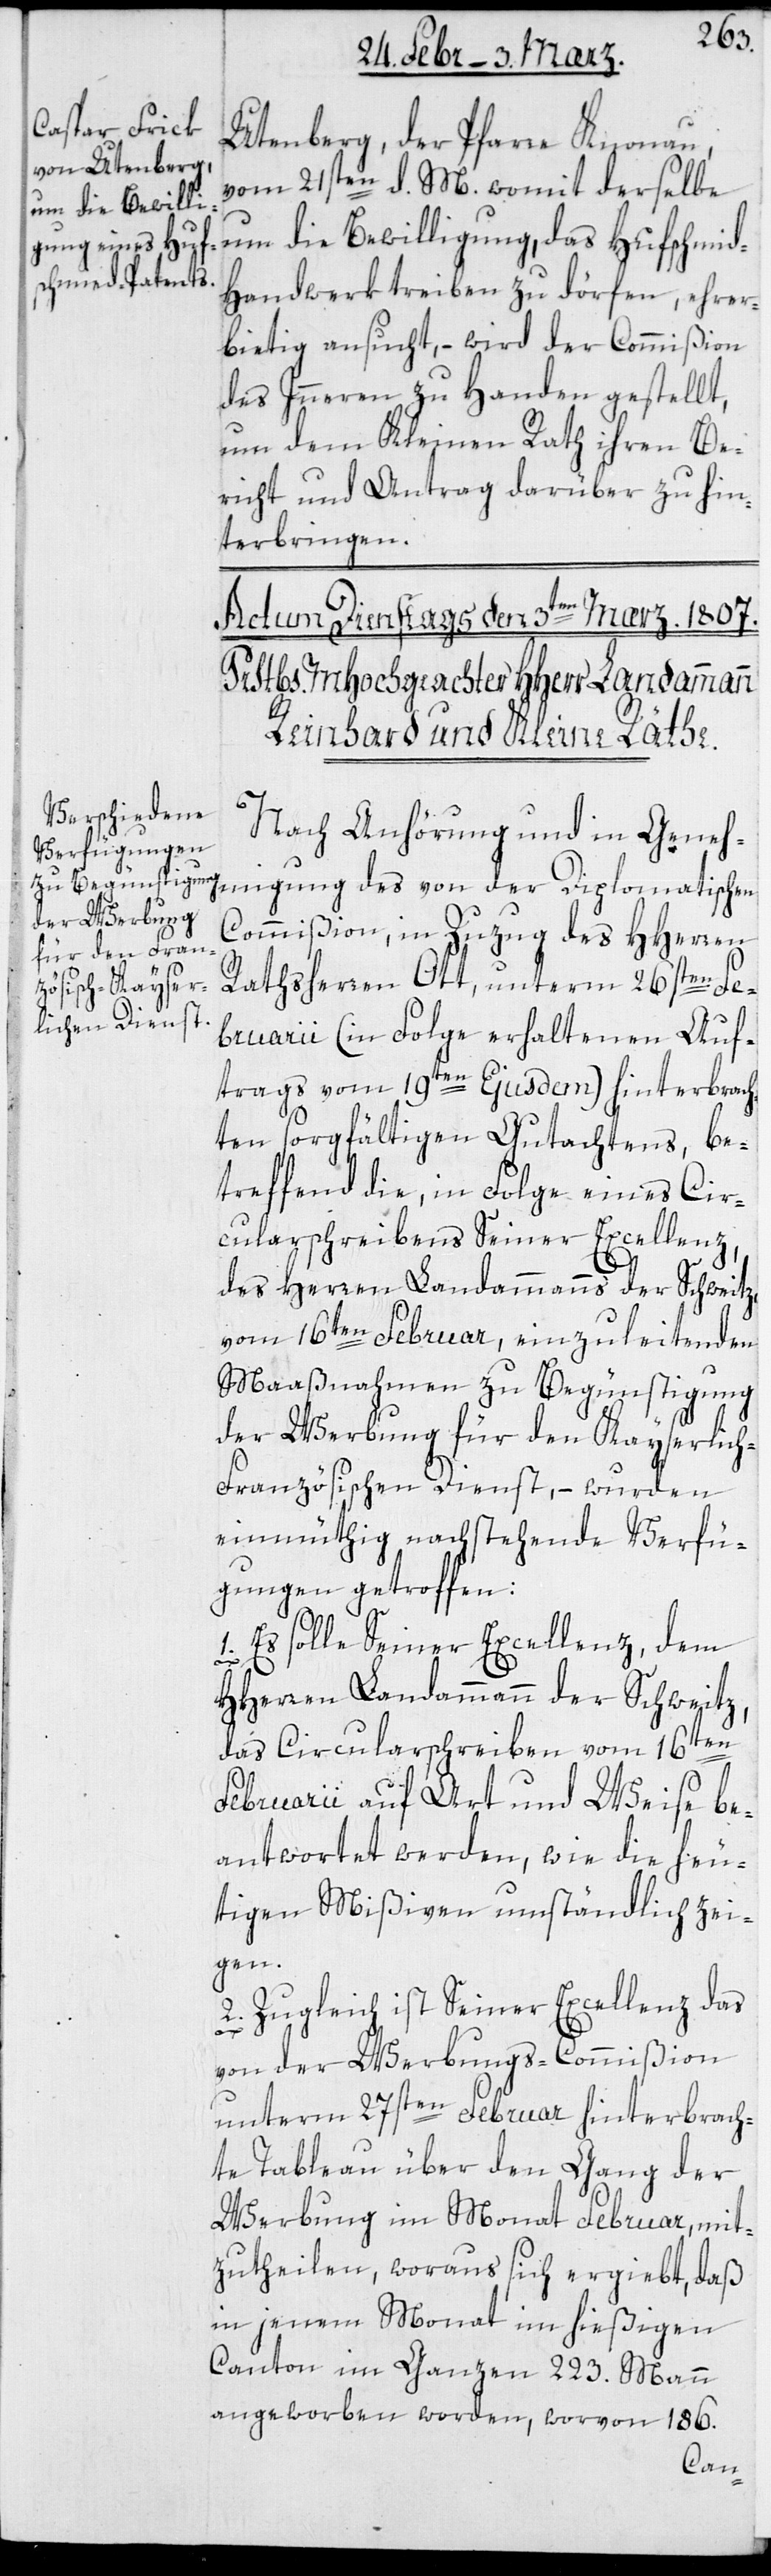
Utenberg, der Pfarre Knonau,
vom 21sten d. M[es]., womit derselbe
um die Bewilligung, das Hufschmi¬
andwerk treiben zu dörfen, ehrer¬
bietig ansucht, – wird der Commißion
des Innern zu Handen gestellt,
um dem Kleinen Rathihren Be¬
richt und Antrag darüber zu hin¬
terbringen.
Nach Anhörung und in Geneh¬
migung des von der Diplomatischen
Commißion, in Zuzug des HHerren
Rathsherren Ott, unterm 26sten Fe¬
bruarii (in Folge erhaltenen Auf¬
trags vom 19ten Ejusdem) hinterbrach¬
ten sorgfältigen Gutachtens, be¬
treffend die, in Folge eines Cir¬
cularschreibens Seiner Excellenz
des Herren Landammanns der Schweitz
vom 16ten Februar, einzuleitenden
Maaßnahmen zu Begünstigung
der Werbung für den Kayserlic¬
h-Französischen Dienst, – wurden
einmüthig nachstehende Verfü¬
gungen getroffen:
1. Es solle Seiner Excellenz dem
HHerren Landammann der Schweitz,
das Circularschreiben vom 16ten
Februarii auf Art und Weise be¬
antwortet werden, wie die heu¬
tigen Mißiven umständlich zei¬
gen.
2. Zugleich ist Seiner Excellenz das
d-H¬
von der Werbungs-Commißion
unterm 27sten Februar hinterbrach¬
te Tableau über den Gang der
Werbung im Monat Februar, mit¬
zutheilen, woraus sich ergiebt, daß
in jenem Monat im hießigen
Canton im ganzen 223. Mann
angeworben worden, worvon 186.